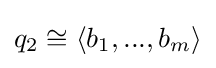
q_{2}\cong \langle b_{1},...,b_{m}\rangle